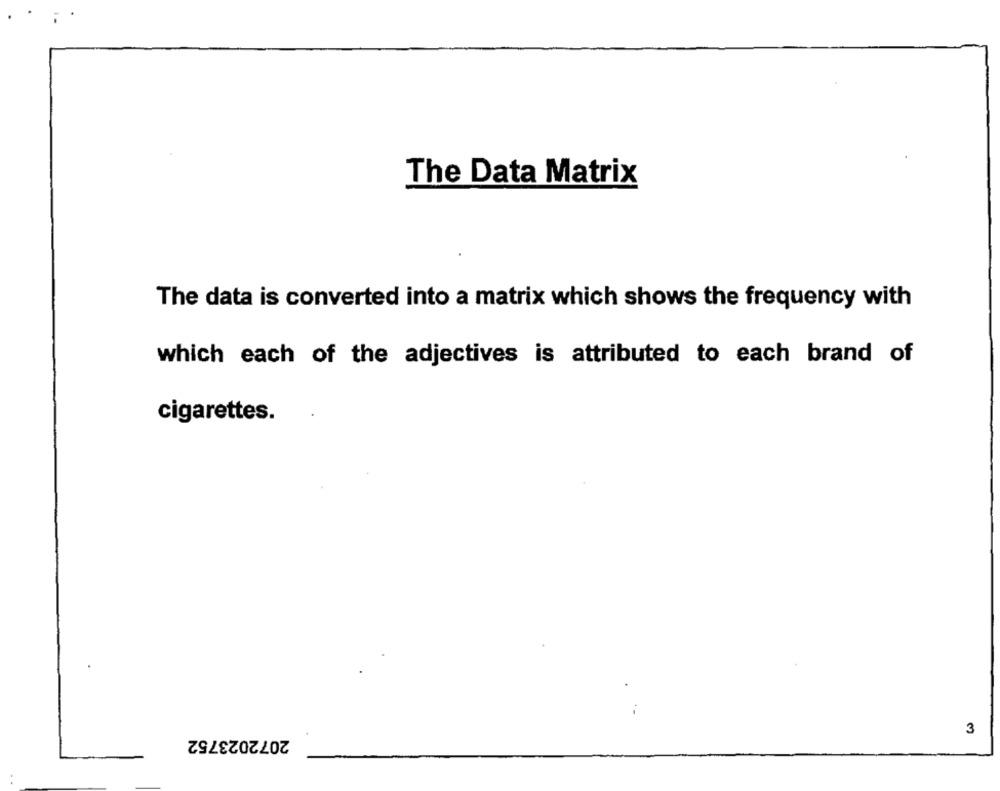
The Data Matrix
The data is converted into a matrix which shows the frequency with
which each of the adjectives is attributed to each brand of
cigarettes.
2072023752
3